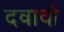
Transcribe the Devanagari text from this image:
दवावों